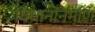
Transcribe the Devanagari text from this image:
विधाननिर्माण